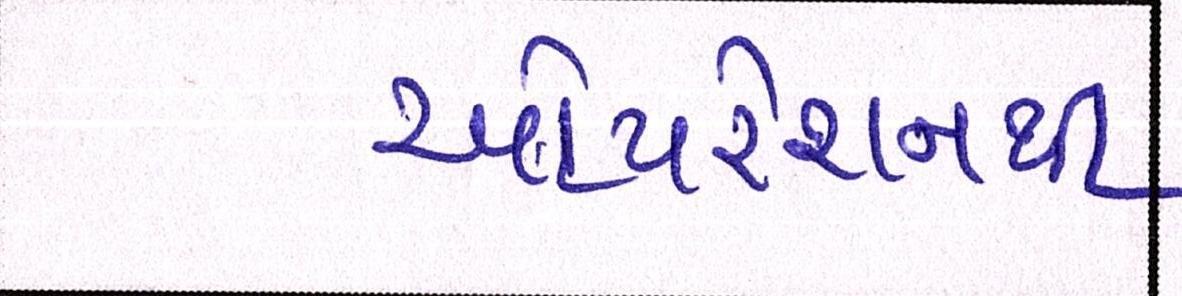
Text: ઓપરેશનથી